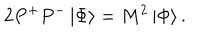
LaTeX: 2 P ^ { + } P ^ { - } \left| \Phi \right\rangle = M ^ { 2 } \left| \Phi \right\rangle .